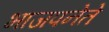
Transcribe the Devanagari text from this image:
भाजपनेते